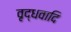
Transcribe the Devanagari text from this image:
वृद्धवादि